Sketch of the medical history of the native army of Bombay, for the year
Year: 1876
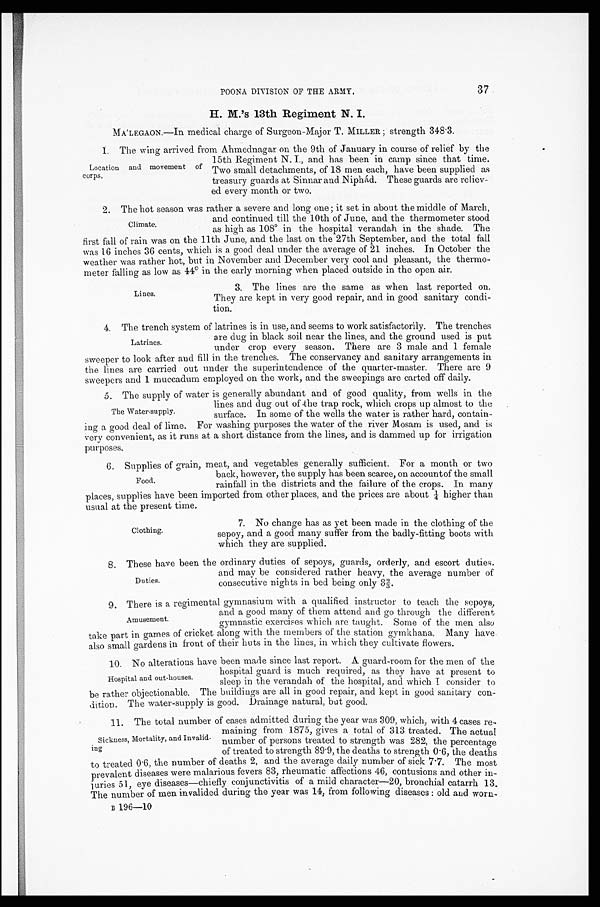
37
POONA DIVISION OF THE ARMY.
H. M.'s 13th Regiment N. I.
MA'LEGAON.—In medical charge of Surgeon-Major T. MILLER; strength 348.3.
1. The wing arrived from Ahmednagar on the 9th of January in course of relief by the
15th Regiment N.I., and has been in camp since that time.
Two small detachments, of 18 men each, have been supplied as
treasury guards at Sinnar and Niphád. These guards are reliev--
ed every month or two.
2. The hot season was rather a severe and long one; it set in about the middle of March,
and continued till the 10th of June, and the thermometer stood
as high as 108° in the hospital verandah in the shade. The
first fall of rain was on the 11th June, and the last on the 27th September, and the total fall
was 16 inches 36 cents, which is a good deal under the average of 21 inches. In October the
weather was rather hot, but in November and December very cool and pleasant, the thermo--
meter falling as low as 44° in the early morning when placed outside in the open air.
3. The lines are the same as when last reported on.
They are kept in very good repair, and in good sanitary condi--
tion.
4. The trench system of latrines is in use, and seems to work satisfactorily. The trenches
are dug in black soil near the lines, and the ground used is put
under crop every season. There are 3 male and 1 female
sweeper to look after and fill in the trenches. The conservancy and sanitary arrangements in
the lines are carried out under the superintendence of the quarter-master. There are 9
sweepers and 1 muccadum employed on the work, and the sweepings are carted off daily.
5. The supply of water is generally abundant and of good quality, from wells in the
lines and dug out of the trap rock, which crops up almost to the
surface. In some of the wells the water is rather hard, contain--
ing a good deal of lime. For washing purposes the water of the river Mosam is used, and is
very convenient, as it runs at a short distance from the lines, and is dammed up for irrigation
purposes.
6. Supplies of grain, meat, and vegetables generally sufficient. For a month or two
back, however, the supply has been scarce, on accountof the small
rainfall in the districts and the failure of the crops. In many
places, supplies have been imported from other places, and the prices are about ¼ higher than
usual at the present time.
Location and movement of
corps.
Climate.
Lines.
Latrines.
The Water-supply.
Food.
Clothing.
7. No change has as yet been made in the clothing of the
sepoy, and a good many suffer from the badly-fitting boots with
which they are supplied.
8 . T h e s e h a v e b e e n t h e o r d i n a r y d u t i e s o f s e p o y s , g u a r d s , o r d e r l y , a n d e s c o r t d u t i e s ,
and may be considered rather heavy, the average number of
consecutive nights in bed being only 3 2/3.
9. There is a regimental gymnasium with a qualified instructor to teach the sepoys,
and a good many of them attend and go through the different
gymnastic exercises which are taught. Some of the men also
take part in games of cricket along with in members of the station gymkhana. Many have
also small gardens in front of their huts in the lines, in which they cultivate flowers.
1 0 . N o a l t e r a t i o n s h a v e b e e n m a d e s i n c e l a s t r e p o r t . A g u a r d - r o o m f o r t h e m e n o f t h e
hospital guard is much required, as they have at present to
sleep in the verandah of the hospital, and which I consider to
be rather objectionable. The buildings are all in good repair, and kept in good sanitary con
- d i t i o n . T h e w a t e r - s u p p l y i s g o o d . D r a i n a g e n a t u r a l , b u t g o o d .
11. The total number of cases admitted during the year was 309, which, with 4 cases re
-maining from 1875, gives a total of 313 treated. The actual
number of persons treated to strength was 282, the percentage
of treated to strength 89.9, the deaths to strength 0.6, the deaths
to treated 0.6, the number of deaths 2, and the average daily number of sick 7.7. The most
prevalent diseases were malarious fevers 83, rheumatic affections 46, contusions and other in
- j u r i e s 5 1 , e y e d i s e a s e s — c h i e f l y c o n j u n c t i v i t i s o f a m i l d c h a r a c t e r — 2 0 , b r o n c h i a l c a t a r r h 1 3 .
The number of men invalided during the year was 14, from following diseases: old and worn-
B 196—10
Duties.
Amusement.
Hospital and out-houses.
Sickness, Mortality, and Invalid
-ing.